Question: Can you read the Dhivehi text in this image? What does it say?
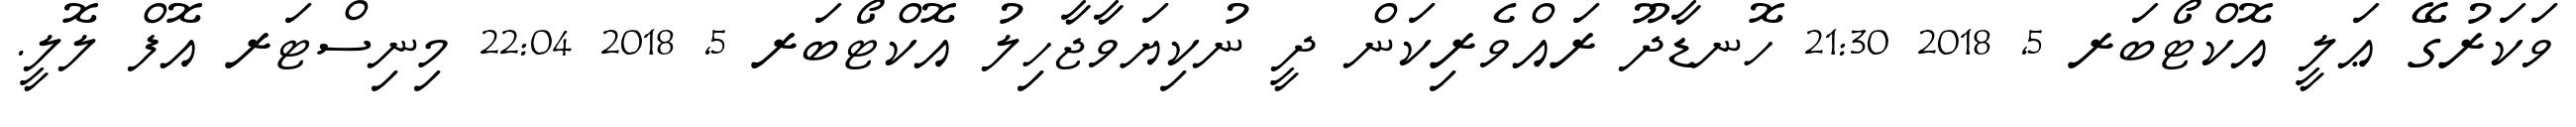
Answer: ވަކަރުގޭ ޢަލީ އޮކްޓޯބަރ 5, 2018 21:30 ހޮނޑާދޫ ރައްވެރިކަން ދީ ނުކިޔަވާޖާހިލު އޮކްޓޯބަރ 5, 2018 22:04 މިނިސްޓަރ އޮފް ލޮލީ.